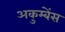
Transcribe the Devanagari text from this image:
अकुम्बेंस